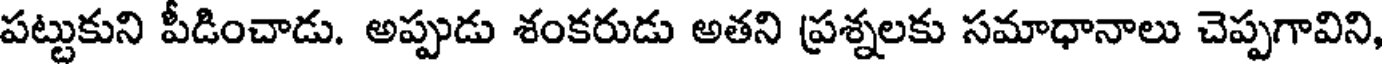
పట్టుకుని పీడించాడు. అప్పుడు శంకరుడు అతని ప్రశ్నలకు సమాధానాలు చెప్పగావిని,